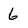
Character: 6